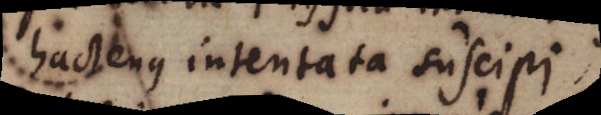
hactenus intentata suscipi;